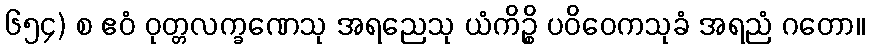
၆၅၄) စ ဧဝံ ဝုတ္တလက္ခဏေသု အရညေသု ယံကိဉ္စိ ပဝိဝေကသုခံ အရညံ ဂတော။